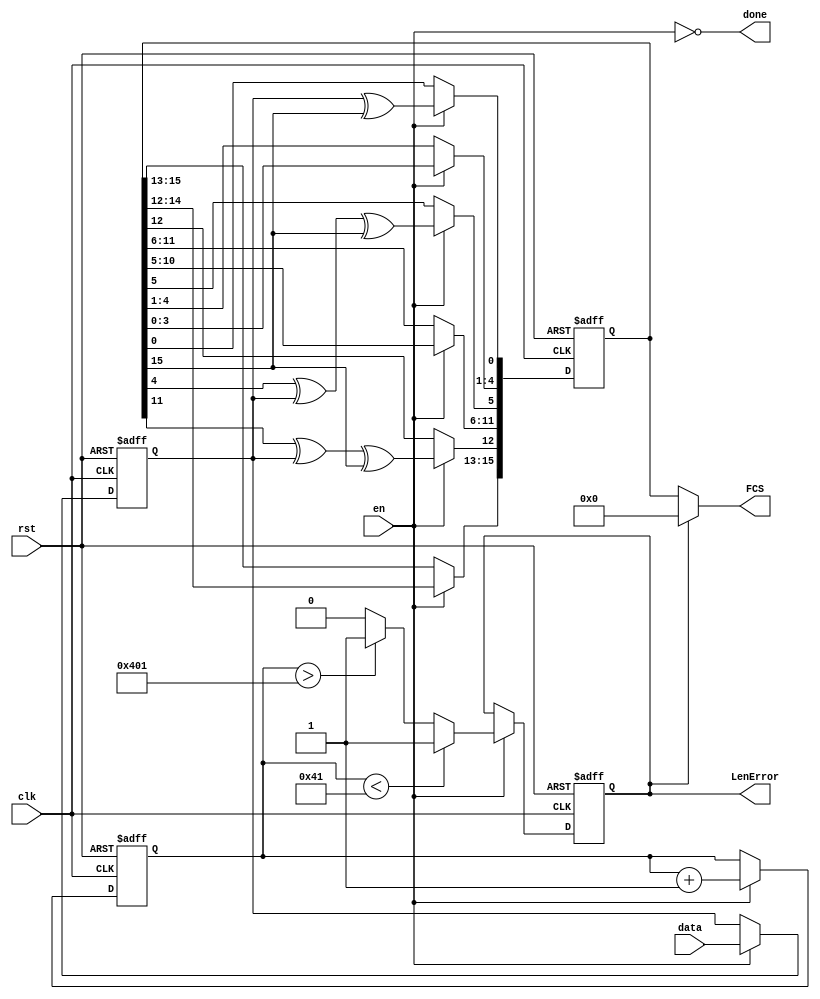
`timescale 1ns / 1ps
//////////////////////////////////////////////////////////////////////////////////
// Company:
// 
// Design Name: FCS
// Module Name: FCS
// Project Name: Assignmnet 1
// Target Devices: I used Spartan 7
// Tool Versions: 2019.1
// Description: 16-bit ITU-T CRC , as described in 5.2.1.9 - IEEE 802.15.4-2011 std.
// 
// Dependencies: 
// 
// Revision:
// Revision 0.01 - File Created
// Additional Comments:
// The generator polynomial is: G(x)=x^16+x^12+x^5+1. 
// 
//////////////////////////////////////////////////////////////////////////////////

module FCS
    (
    input clk,rst,en,data,
    output done,LenError,
    output [15:0] FCS
    );
    
    reg [15:0] r_FCS;
    reg  r_data,r_LenError;
    reg [10:0] counter;     
    
        /*Data Path*/    
    always @(posedge clk or posedge rst)
    begin
        if (rst)
        begin
            r_FCS  <= 0;
            r_data <= 0;
        end
        else if(en)
        begin
            r_data <= data;
            r_FCS <= {r_FCS[14:0],r_data};
            r_FCS[0] <= r_data ^ r_FCS[15];
            r_FCS[5] <= r_FCS[4] ^ r_data  ^ r_FCS[15];
            r_FCS[12] <= r_FCS[11]^ r_data ^ r_FCS[15];
        end
    end
    
        /*Error Handling*/
    always @(posedge clk or posedge rst)
    begin
        if (rst) begin
            counter <= 10'b0;
            r_LenError<=0;
        end
        else if (en)
        begin
            counter <= counter + 1'b1;

            if (counter < 65) r_LenError <= 1'b1;
            else if (counter>1025) r_LenError <= 1'b1;
            else r_LenError <= 1'b0;
        end
    end
    
        /*Assignments*/
    assign LenError =  r_LenError;
    assign done = ~en; 
    assign FCS  = LenError ? 0 : r_FCS;
    
endmodule